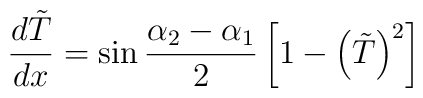
{d \tilde{T} \over d x} = \sin {\alpha_2-\alpha_1 \over 2}  \left[ 1-\left(\tilde{T}\right)^2 \right]